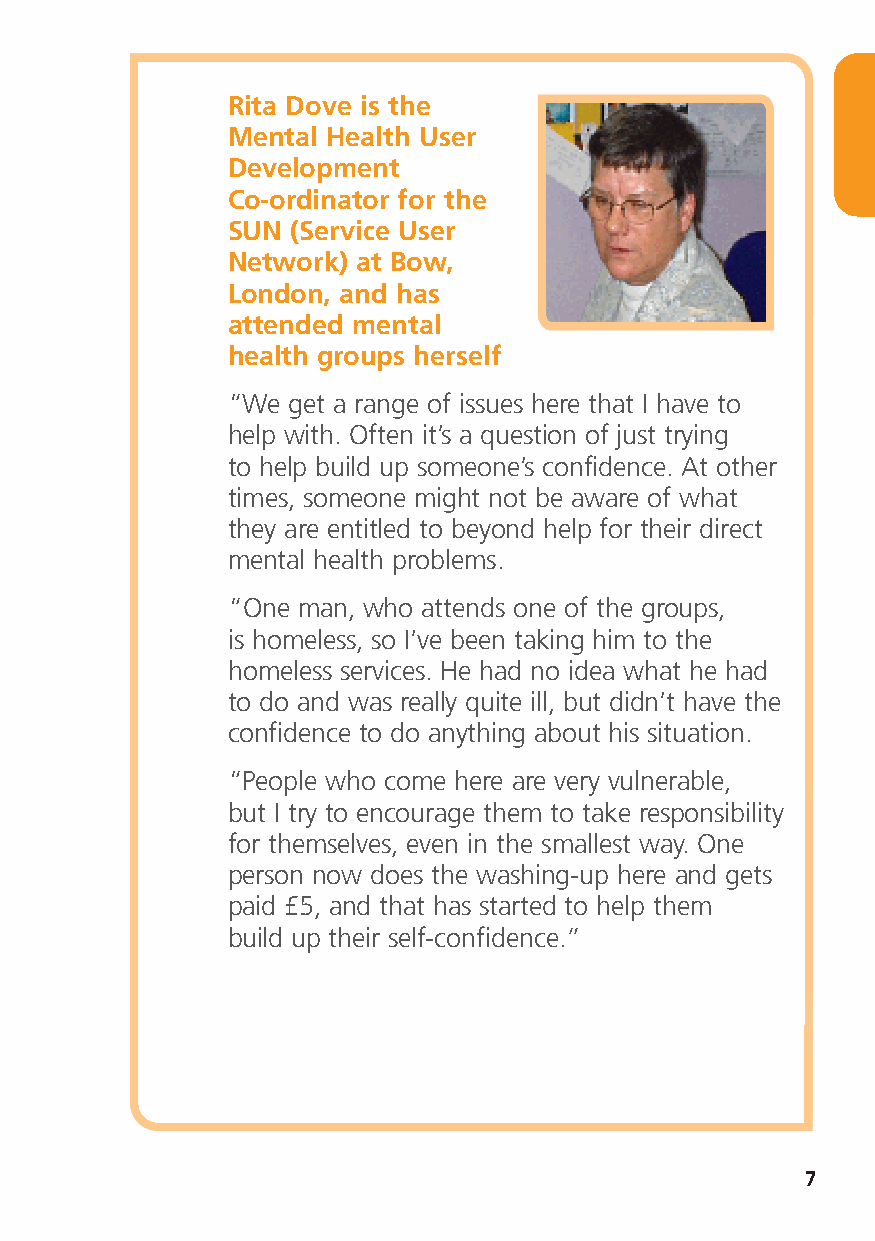
Rita Dove is the
 Mental Health User
 Development
 Co-ordinator for the
 SUN (Service User
 Network) at Bow,
 London, and has
 attended mental
 health groups herself
 “We get a range of issues here that I have to
 help with. Often it’s a question of just trying
 to help build up someone’s confidence. At other
 times, someone might not be aware of what
 they are entitled to beyond help for their direct
 mental health problems.
 “One man, who attends one of the groups,
 is homeless, so I’ve been taking him to the
 homeless services. He had no idea what he had
 to do and was really quite ill, but didn’t have the
 confidence to do anything about his situation.
 “People who come here are very vulnerable,
 but I try to encourage them to take responsibility
 for themselves, even in the smallest way. One
 person now does the washing-up here and gets
 paid £5, and that has started to help them
 build up their self-confidence.”
 7